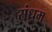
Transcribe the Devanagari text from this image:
संधम